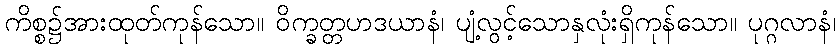
ကိစ္စ၌အားထုတ်ကုန်သော။ ဝိက္ခတ္တဟဒယာနံ၊ ပျံ့လွင့်သောနှလုံးရှိကုန်သော။ ပုဂ္ဂလာနံ၊